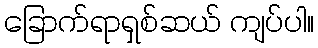
ခြောက်ရာရှစ်ဆယ် ကျပ်ပါ။